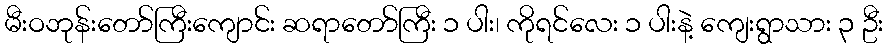
မီးဝဘုန်းတော်ကြီးကျောင်း ဆရာတော်ကြီး ၁ ပါး၊ ကိုရင်လေး ၁ ပါးနဲ့ ကျေးရွာသား ၃ ဦး